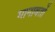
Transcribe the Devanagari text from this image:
मानावतों